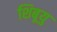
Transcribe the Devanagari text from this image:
शिबूयु